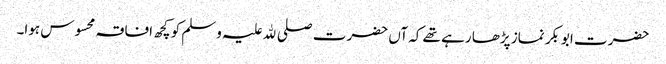
حضرت ابوبکر نماز پڑھا رہے تھے کہ آں حضرت صلی ﷲ علیہ وسلم کو کچھ افاقہ محسوس ہوا۔